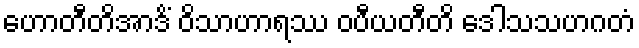
ဟောတီတိအာဒိံ ဝိသာဟာရဿ ဝပီယတီတိ ဒေါသသဟဂတံ